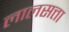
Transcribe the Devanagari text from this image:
लालसत्ता